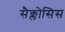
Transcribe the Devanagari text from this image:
सैक्लोसिस